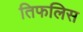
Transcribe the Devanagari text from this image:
तिफलिस